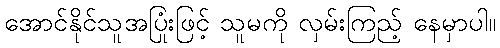
အောင်နိုင်သူအပြုံးဖြင့် သူမကို လှမ်းကြည့် နေမှာပါ။